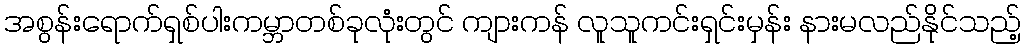
အစွန်းရောက်ရှစ်ပါးကမ္ဘာတစ်ခုလုံးတွင် ကျားကန် လူသူကင်းရှင်းမှန်း နားမလည်နိုင်သည့်